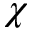
\chi